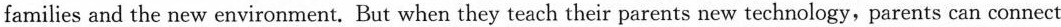
C.Zhang Ming created the”WeChat guide”in order to become famous